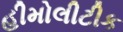
હીમોલીટીક